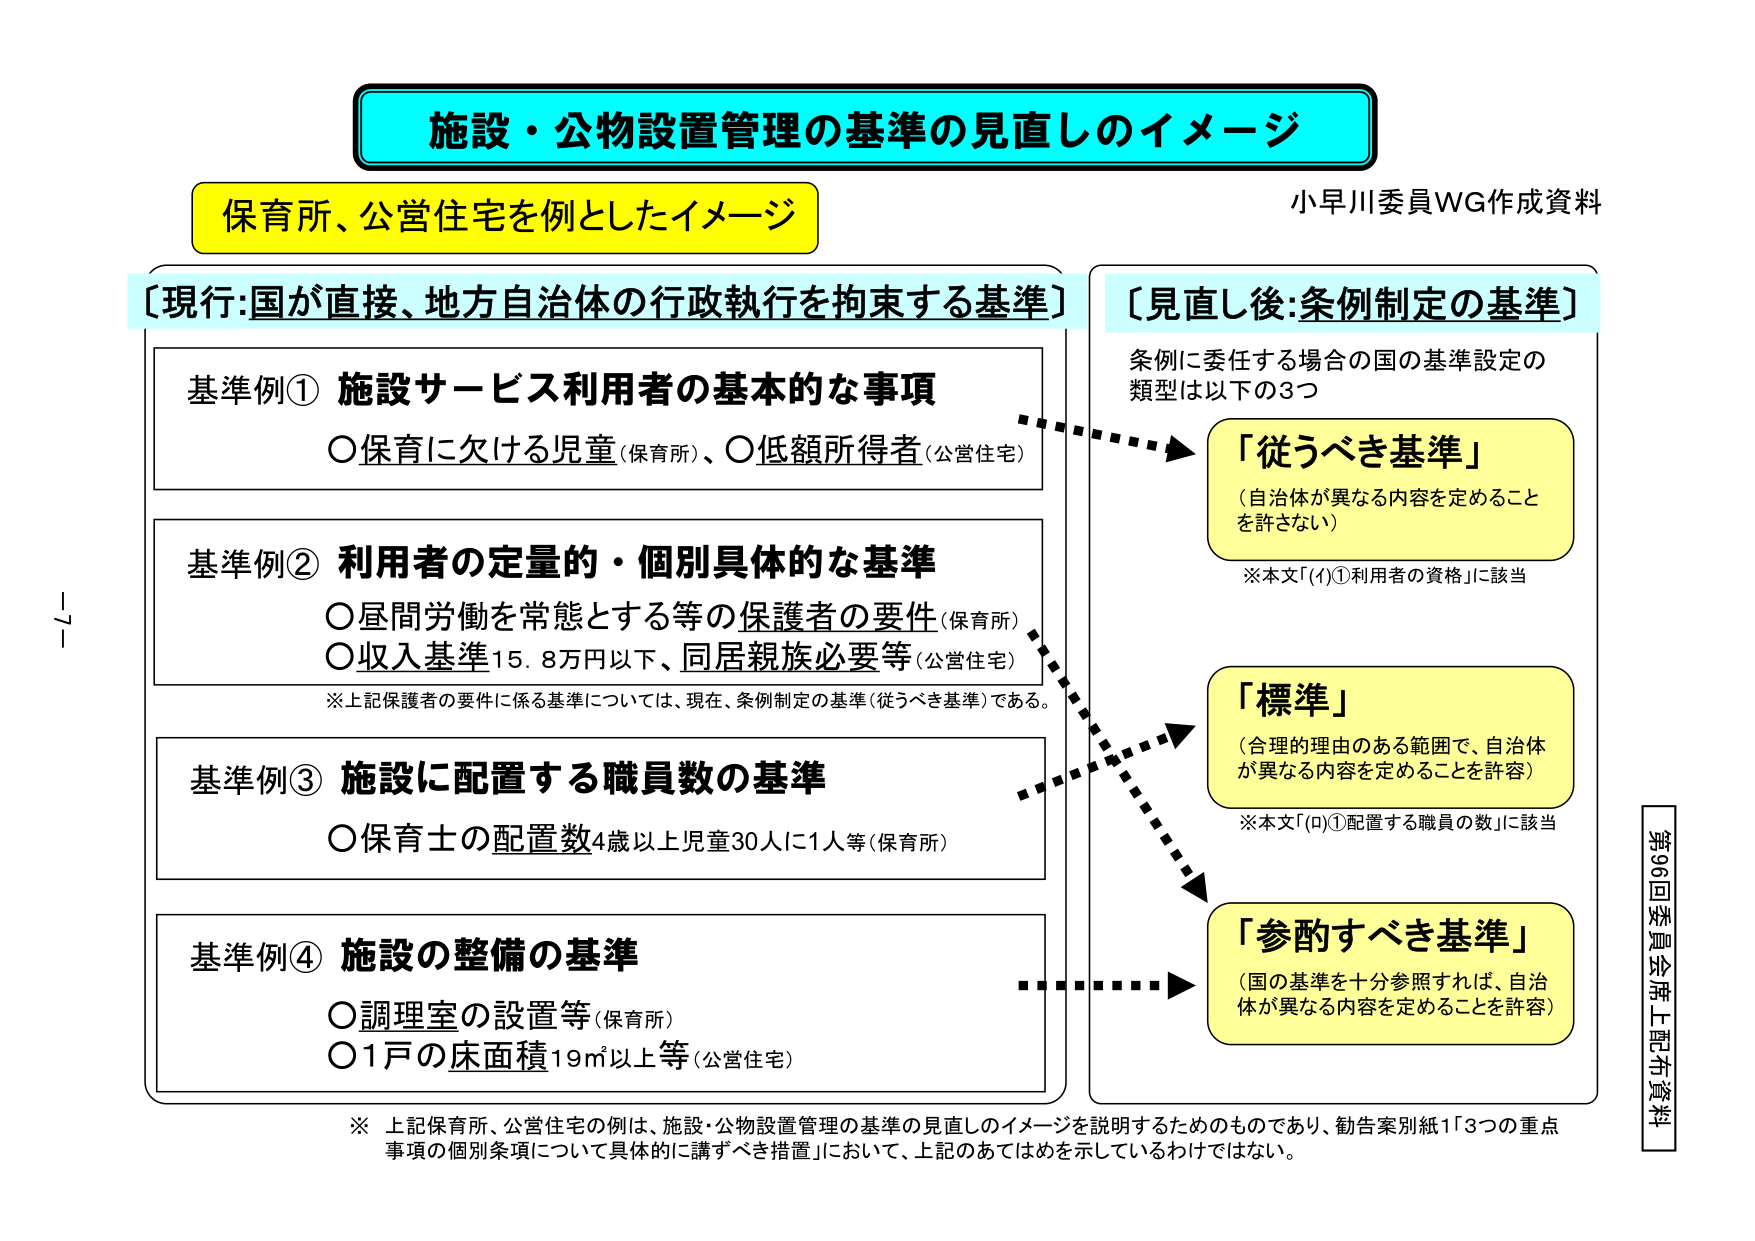
施設・公物設置管理の基準の見直しのイメージ
保育所、公営住宅を例としたイメージ
小早川委員WG作成資料

〔現行:国が直接、地方自治体の行政執行を拘束する基準〕
基準例① 施設サービス利用者の基本的な事項
〇保育に欠ける児童（保育所）、〇低額所得者（公営住宅）

基準例② 利用者の定量的・個別具体的な基準
〇昼間労働を常態とする等の保護者の要件（保育所）
〇収入基準15.8万円以下、同居親族必要等（公営住宅）
※上記保護者の要件に係る基準については、現在、条例制定の基準（従うべき基準）である。

基準例③ 施設に配置する職員数の基準
〇保育士の配置数4歳以上児童30人に1人等（保育所）

基準例④ 施設の整備の基準
〇調理室の設置等（保育所）
〇1戸の床面積19㎡以上等（公営住宅）

〔見直し後:条例制定の基準〕
条例に委任する場合の国の基準設定の
類型は以下の3つ

「従うべき基準」
（自治体が異なる内容を定めることを許さない）
※本文「(イ)①利用者の資格」に該当

「標準」
（合理的理由のある範囲で、自治体が異なる内容を定めることを許容）
※本文「(ロ)①配置する職員の数」に該当

「参酌すべき基準」
（国の基準を十分参照すれば、自治体が異なる内容を定めることを許容）

※ 上記保育所、公営住宅の例は、施設・公物設置管理の基準の見直しのイメージを説明するためのものであり、勧告案別紙1「3つの重点事項の個別条項について具体的に講ずべき措置」において、上記のあてはめを示しているわけではない。

第96回委員会席上配布資料
-7-